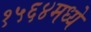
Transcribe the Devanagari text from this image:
१५६४मध्ये